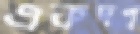
একদণ্